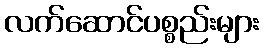
လက်ဆောင်ပစ္စည်းများ